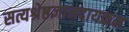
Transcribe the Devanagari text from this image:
सत्यश्रेष्ठज्ञानदायकम